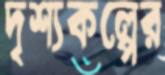
দৃশ্যকল্পের